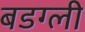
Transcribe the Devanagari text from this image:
बडग्ली